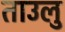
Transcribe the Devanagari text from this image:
ताउलु